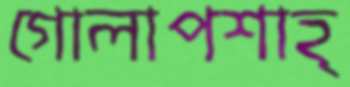
গোলাপশাহ্